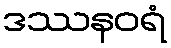
ဒဿနဝရံ